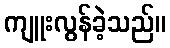
ကျူးလွန်ခဲ့သည်။